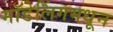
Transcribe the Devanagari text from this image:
मॉडेलिंगमधून